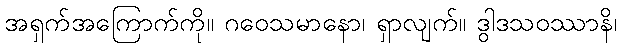
အရှက်အကြောက်ကို။ ဂဝေသမာနော၊ ရှာလျက်။ ဒွါဒသဝဿာနိ၊